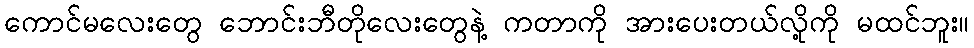
ကောင်မလေးတွေ ဘောင်းဘီတိုလေးတွေနဲ့ ကတာကို အားပေးတယ်လို့ကို မထင်ဘူး။